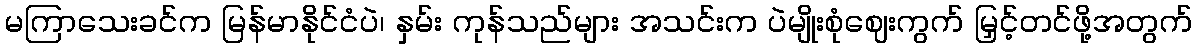
မကြာသေးခင်က မြန်မာနိုင်ငံပဲ၊ နှမ်း ကုန်သည်များ အသင်းက ပဲမျိုးစုံဈေးကွက် မြှင့်တင်ဖို့အတွက်